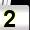
Digit: 2